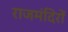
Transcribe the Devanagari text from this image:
राजमंदिरों